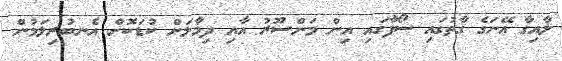
ލާއިގާ އޭނަގެ ގާތުގައި ސޯފާގައި އިން މަންސޫރު އާއި ދިމާލަށް ކުޑަކޮށް އެނބުރިލަމުން